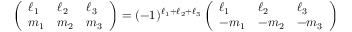
\left( \begin{array} { l l l } { \ell _ { 1 } } & { \ell _ { 2 } } & { \ell _ { 3 } } \\ { m _ { 1 } } & { m _ { 2 } } & { m _ { 3 } } \end{array} \right) = ( - 1 ) ^ { \ell _ { 1 } + \ell _ { 2 } + \ell _ { 3 } } \left( \begin{array} { l l l } { \ell _ { 1 } } & { \ell _ { 2 } } & { \ell _ { 3 } } \\ { - m _ { 1 } } & { - m _ { 2 } } & { - m _ { 3 } } \end{array} \right)